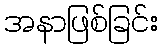
အနာဖြစ်ခြင်း